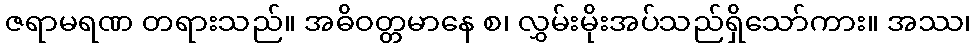
ဇရာမရဏ တရားသည်။ အဓိဝတ္တမာနေ စ၊ လွှမ်းမိုးအပ်သည်ရှိသော်ကား။ အဿ၊